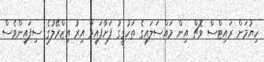
ހިޔުމަން ރައިޓްސް ވޮޗް އިން މައްސަލައިގެ ތަހުގީގު ފަށާފައިވާ އިރު އިޒްރޭލުގެ ސިފައިންވެސް